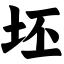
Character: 坯